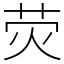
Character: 荧